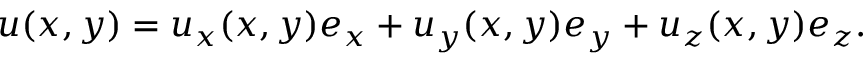
u ( x , y ) = u _ { x } ( x , y ) e _ { x } + u _ { y } ( x , y ) e _ { y } + u _ { z } ( x , y ) e _ { z } .